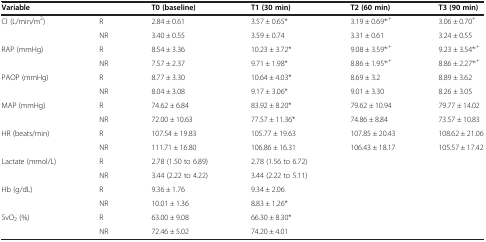
<table><thead><tr><td colspan="2"><b>Variable</b></td><td><b>T0 (baseline)</b></td><td><b>T1 (30 min)</b></td><td><b>T2 (60 min)</b></td><td><b>T3 (90 min)</b></td></tr></thead><tbody><tr><td rowspan="2">CI (L/min/m<sup>2</sup>)</td><td>R</td><td>2.84 ± 0.61</td><td>3.57 ± 0.65*</td><td>3.19 ± 0.69*<sup>,+</sup></td><td>3.06 ± 0.70<sup>+</sup></td></tr><tr><td>NR</td><td>3.40 ± 0.55</td><td>3.59 ± 0.74</td><td>3.31 ± 0.61</td><td>3.24 ± 0.55</td></tr><tr><td rowspan="2">RAP (mmHg)</td><td>R</td><td>8.54 ± 3.36</td><td>10.23 ± 3.72*</td><td>9.08 ± 3.59*<sup>,+</sup></td><td>9.23 ± 3.54*<sup>,+</sup></td></tr><tr><td>NR</td><td>7.57 ± 2.37</td><td>9.71 ± 1.98*</td><td>8.86 ± 1.95*<sup>,+</sup></td><td>8.86 ± 2.27*<sup>,+</sup></td></tr><tr><td rowspan="2">PAOP (mmHg)</td><td>R</td><td>8.77 ± 3.30</td><td>10.64 ± 4.03*</td><td>8.69 ± 3.2</td><td>8.89 ± 3.62</td></tr><tr><td>NR</td><td>8.04 ± 3.08</td><td>9.17 ± 3.06*</td><td>9.01 ± 3.30</td><td>8.26 ± 3.05</td></tr><tr><td rowspan="2">MAP (mmHg)</td><td>R</td><td>74.62 ± 6.84</td><td>83.92 ± 8.20*</td><td>79.62 ± 10.94</td><td>79.77 ± 14.02</td></tr><tr><td>NR</td><td>72.00 ± 10.63</td><td>77.57 ± 11.36*</td><td>74.86 ± 8.84</td><td>73.57 ± 10.83</td></tr><tr><td rowspan="2">HR (beats/min)</td><td>R</td><td>107.54 ± 19.83</td><td>105.77 ± 19.63</td><td>107.85 ± 20.43</td><td>108.62 ± 21.06</td></tr><tr><td>NR</td><td>111.71 ± 16.80</td><td>106.86 ± 16.31</td><td>106.43 ± 18.17</td><td>105.57 ± 17.42</td></tr><tr><td rowspan="2">Lactate (mmol/L)</td><td>R</td><td>2.78 (1.50 to 6.89)</td><td>2.78 (1.56 to 6.72)</td><td> </td><td> </td></tr><tr><td>NR</td><td>3.44 (2.22 to 4.22)</td><td>3.44 (2.22 to 5.11)</td><td> </td><td> </td></tr><tr><td rowspan="2">Hb (g/dL)</td><td>R</td><td>9.36 ± 1.76</td><td>9.34 ± 2.06</td><td> </td><td> </td></tr><tr><td>NR</td><td>10.01 ± 1.36</td><td>8.83 ± 1.26*</td><td> </td><td> </td></tr><tr><td rowspan="2">SvO<sub>2</sub> (%)</td><td>R</td><td>63.00 ± 9.08</td><td>66.30 ± 8.30*</td><td> </td><td> </td></tr><tr><td>NR</td><td>72.46 ± 5.02</td><td>74.20 ± 4.01</td><td> </td><td> </td></tr></tbody></table>